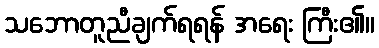
သဘောတူညီချက်ရရန် အရေး ကြီး၏။